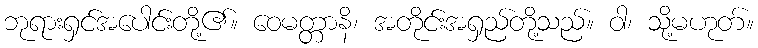
ဘုရားရှင်အပေါင်းတို့၏။ ဝေမတ္တာနိ၊ အတိုင်းအရှည်တို့သည်။ ဝါ၊ သို့မဟုတ်။